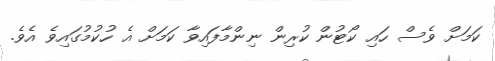
ކަމަށް ވެސް ހައި ކޯޓުން ކުރިން ނިންމާފައިވާ ކަމަށް އެ ހުކުމުގައިވެ އެވެ.